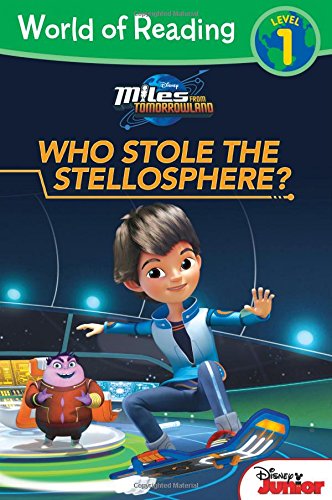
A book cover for World of Reading: Miles From Tomorrowland Who Stole the Stellosphere?: Level 1; Disney Book Group; Children's Books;